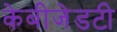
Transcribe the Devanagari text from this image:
केबीजेडटी